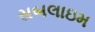
સબલાઇમ